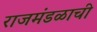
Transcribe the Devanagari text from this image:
राजमंडळाची